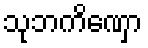
သုဘကိဏှော